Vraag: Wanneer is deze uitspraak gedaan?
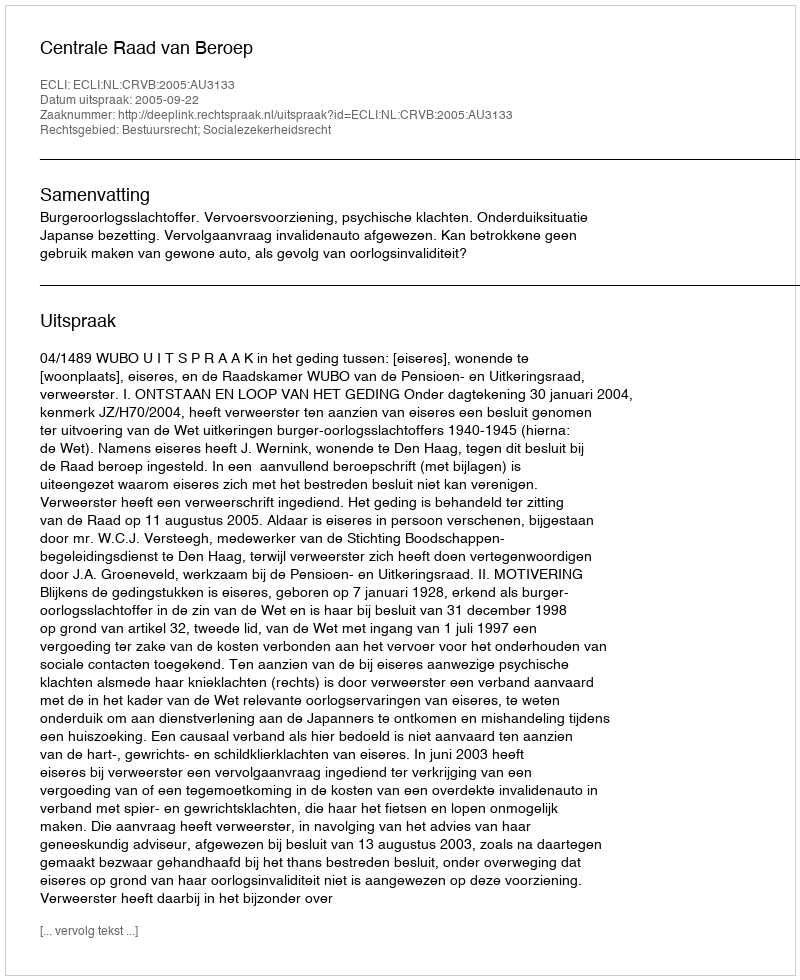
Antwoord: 2005-09-22